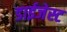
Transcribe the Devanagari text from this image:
डाईजेस्ट